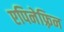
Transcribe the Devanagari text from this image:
एपिनेफ़्रिन